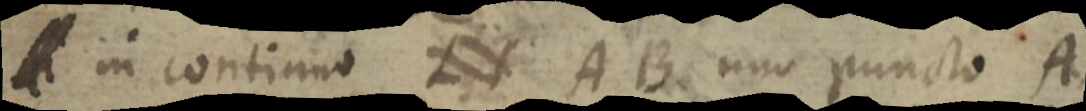
_ in continuo L AB uno puncto A